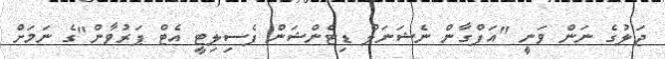
ޖަލުގެ ނަން ވަނީ "އަފްގާން ނެޝަނަލް ޑިޓެންޝަން ފެސިލިޓީ އެޓް ޕަރުވާން"ގެ ނަމަށް